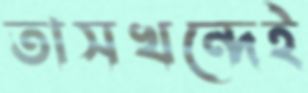
তাসখন্দেই